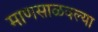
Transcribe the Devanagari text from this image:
माणसाळवल्या